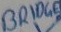
Text: BRIDGE